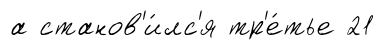
а станов'и́лс'я тр'е́тье 21